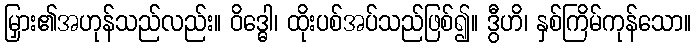
မြှား၏အဟုန်သည်လည်း။ ဝိဒ္ဓေါ၊ ထိုးပစ်အပ်သည်ဖြစ်၍။ ဒွီဟိ၊ နှစ်ကြိမ်ကုန်သော။